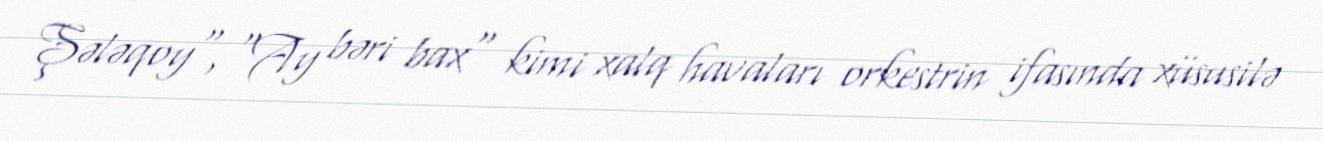
Şələqoy", "Ay bəri bax" kimi xalq havaları orkestrin ifasında xüsusilə